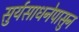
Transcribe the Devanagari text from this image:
सुर्यसाधनेपासुन